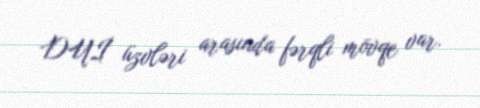
DUİ üzvləri arasında fərqli mövqe var.